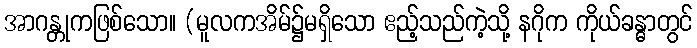
အာဂန္တုကဖြစ်သော။ (မူလကအိမ်၌မရှိသော ဧည့်သည်ကဲ့သို့ နဂိုက ကိုယ်ခန္ဓာတွင်